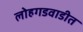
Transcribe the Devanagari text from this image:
लोहगडवाडीत